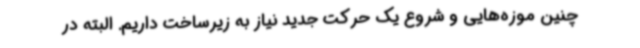
چنین موزه‌هایی و شروع یک حرکت جدید نیاز به زیرساخت داریم. البته در